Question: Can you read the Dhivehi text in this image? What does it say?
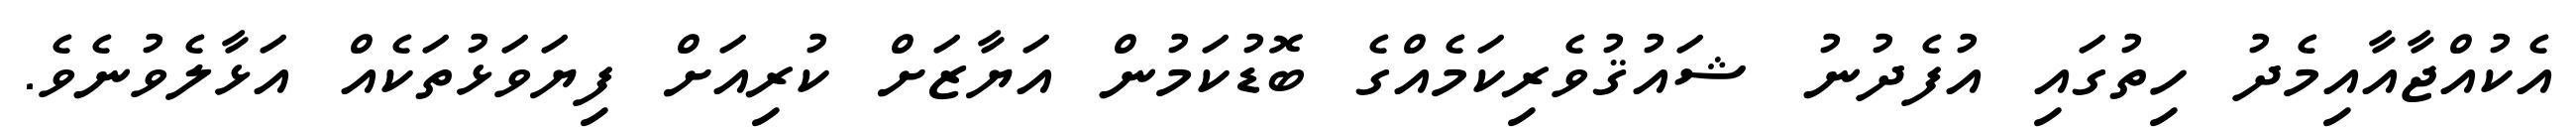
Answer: އެކުއްޖާއާއިމެދު ހިތުގައި އުފެދުނު ޝައުޤުވެރިކަމެއްގެ ބޮޑުކަމުން އަޔާޒަށް ކުރިއަށް ފިޔަވަޅުތަކެއް އަޅާލެވުނެވެ.